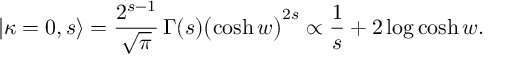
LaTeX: | \kappa = 0 , s \rangle = \frac { 2 ^ { s - 1 } } { \sqrt { \pi } } \, \Gamma ( s ) \bigl ( \cosh w \bigr ) ^ { 2 s } \propto \frac { 1 } { s } + 2 \log \cosh w .